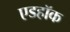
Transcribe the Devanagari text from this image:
एडहॉक